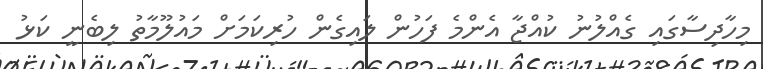
މިހާދިސާގައި ގެއްލުނު ކުއްޖާ އެންމެ ފަހުން ލައިގެން ހުރިކަމަށް މައުލޫމާތު ލިބެނީ ކަޅު